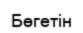
Бөгетін